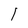
Character: l